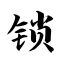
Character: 锁